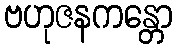
ဗဟုဇနကန္တော